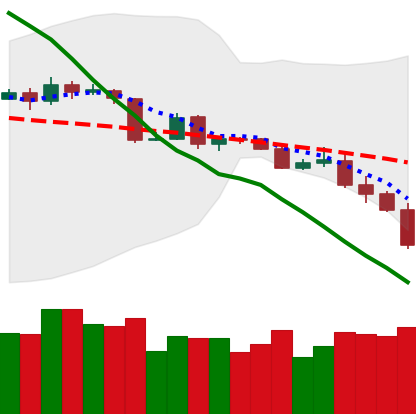
Ticker: BTC-USD
Chart end date: 2019-11-21
Forward return: -5.553%
Label: down_5_7